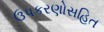
ઉપકરણોસહિત